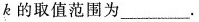
k的取值范围为___.